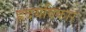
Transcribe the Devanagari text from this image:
ह्रदयविकार